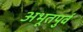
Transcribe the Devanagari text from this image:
अभूतपुर्व